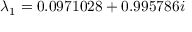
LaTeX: \lambda _ { 1 } = 0 . 0 9 7 1 0 2 8 + 0 . 9 9 5 7 8 6 i